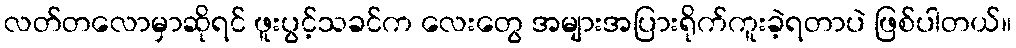
လတ်တလောမှာဆိုရင် ဖူးပွင့်သခင်က လေးတွေ အများအပြားရိုက်ကူးခဲ့ရတာပဲ ဖြစ်ပါတယ်။